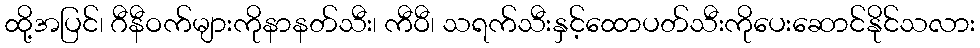
ထို့အပြင်၊ ဂီနီဝက်များကိုနာနတ်သီး၊ ကီဝီ၊ သရက်သီးနှင့်ထောပတ်သီးကိုပေးဆောင်နိုင်သလား